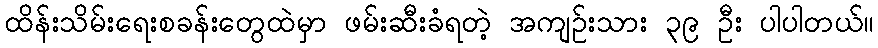
ထိန်းသိမ်းရေးစခန်းတွေထဲမှာ ဖမ်းဆီးခံရတဲ့ အကျဉ်းသား ၃၉ ဦး ပါပါတယ်။